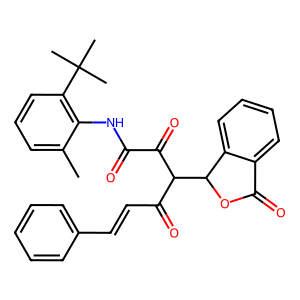
SMILES: Cc1cccc(C(C)(C)C)c1NC(=O)C(=O)C(C(=O)C=Cc1ccccc1)C1OC(=O)c2ccccc21
Inhibits HIV replication: No